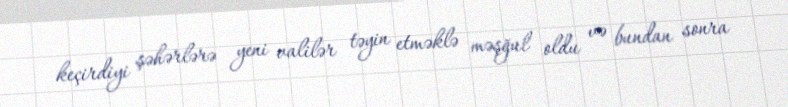
keçirdiyi şəhərlərə yeni valilər təyin etməklə məşğul oldu və bundan sonra